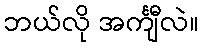
ဘယ်လို အင်္ကျီလဲ။